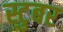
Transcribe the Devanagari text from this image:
स्टुबर